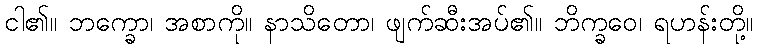
ငါ၏။ ဘက္ခော၊ အစာကို။ နာသိတော၊ ဖျက်ဆီးအပ်၏။ ဘိက္ခဝေ၊ ရဟန်းတို့။